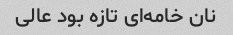
نان خامه‌ای تازه بود عالی